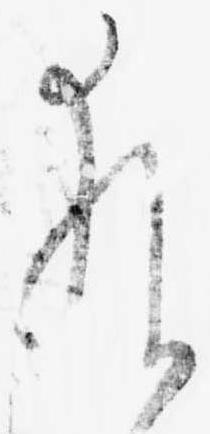
猶